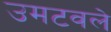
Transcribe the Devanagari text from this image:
उमटवले